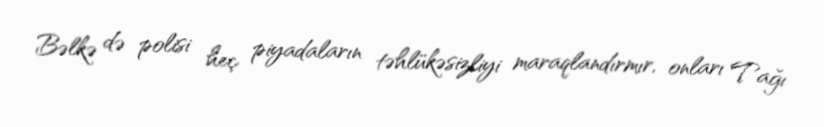
Bəlkə də polisi heç piyadaların təhlükəsizliyi maraqlandırmır, onları Tağı